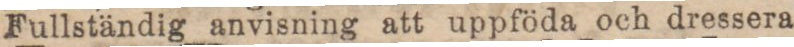
Fullständig anvisning att uppföda och dressera